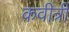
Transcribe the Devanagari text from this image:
कवीत्री